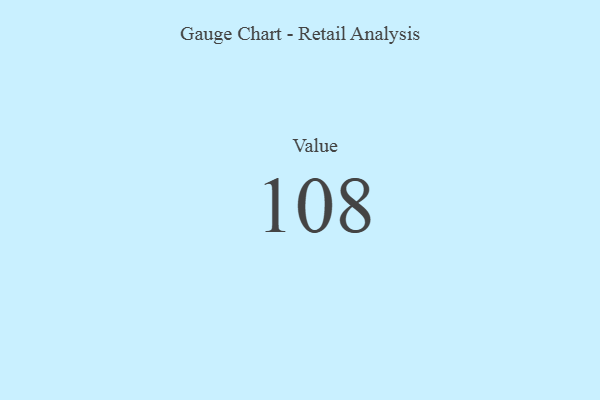
{"axis": {"x": "Metric", "y": "Value"}, "legend": [""], "data": [{"x": "Value", "y": 108, "type": ""}]}